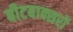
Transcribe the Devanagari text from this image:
बीटबाक्सरों